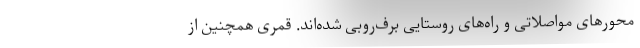
محورهای مواصلاتی و راه‌های روستایی برف‌روبی شده‌اند. قمری همچنین از